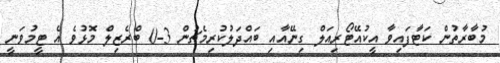
މުބާރާތުން ކަޓާފައިވާ އީކުއޭޓޯރިއަލް ގިނޭއާއި ބައްދަލުކުރިމެޗުން 3-0 ބްރެޒިލް މޮޅުވެ އެ ޓީމުވަނީ